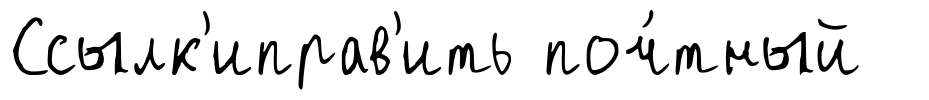
Ссылк'иправ'ить поч́тный